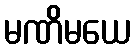
မဏိမယေ